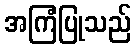
အကြံပြုသည်